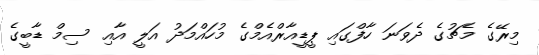
މިރޭގެ މެޗުގެ ދެވަަނަ ހާފްގައި ޕީޑީއާރްއެމްގެ މުހައްމަދު އަލީ އާއި ސިމް ޑާބީގެ